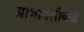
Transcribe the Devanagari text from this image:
प्राणापलीकडे